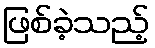
ဖြစ်ခဲ့သည့်